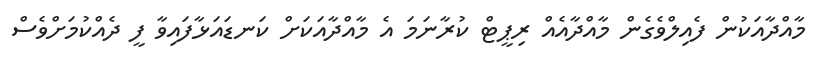
މާއްދާއަކުން ފެއިލްވެގެން މާއްދާއެއް ރިޕީޓް ކުރާނަމަ އެ މާއްދާއަކަށް ކަނޑައަޅާފައިވާ ފީ ދެއްކުމަށްވެސް